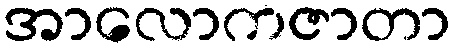
အာလောကဇာတာ